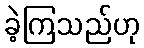
ခဲ့ကြသည်ဟု